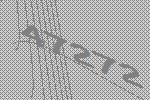
47272